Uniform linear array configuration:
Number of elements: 12
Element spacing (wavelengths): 1
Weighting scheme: binomial
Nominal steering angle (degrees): -30
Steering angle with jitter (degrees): -30.869
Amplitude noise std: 0.05
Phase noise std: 0.05

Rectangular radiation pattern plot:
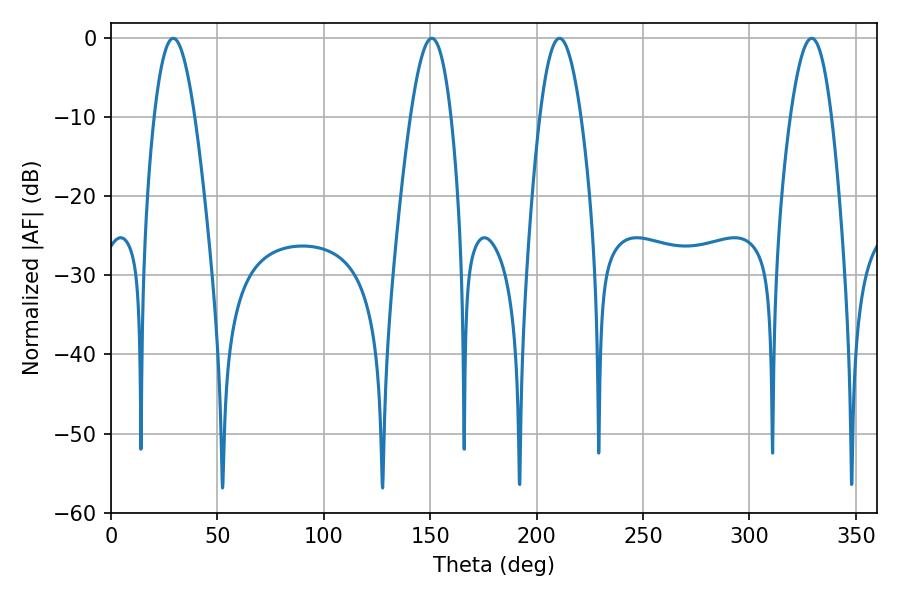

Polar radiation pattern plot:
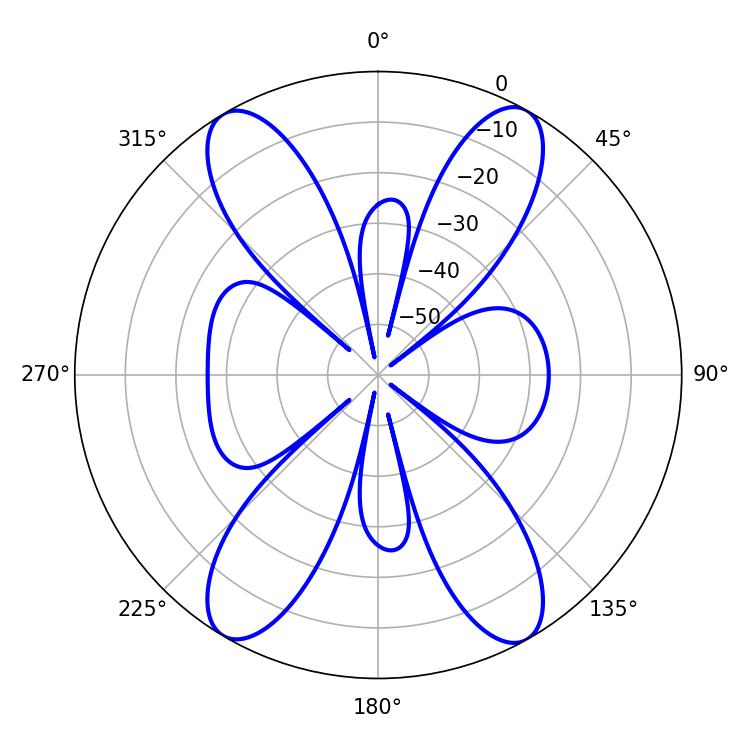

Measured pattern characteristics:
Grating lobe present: TRUE
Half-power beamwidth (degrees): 10.62
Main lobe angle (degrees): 210.78